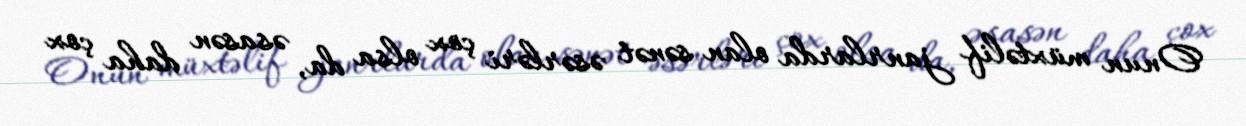
Onun müxtəlif janrlarda olan sənət əsərləri çox olsa da, əsasən daha çox